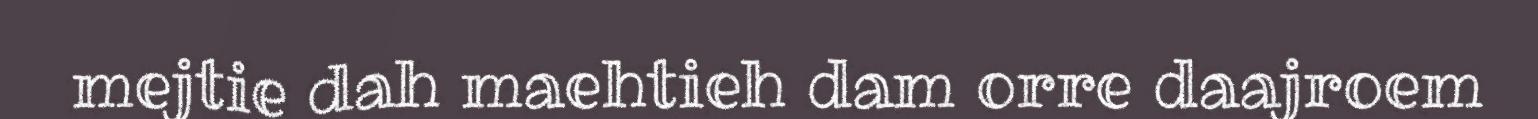
mejtie dah maehtieh dam orre daajroem